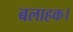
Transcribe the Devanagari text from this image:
बलाहक।